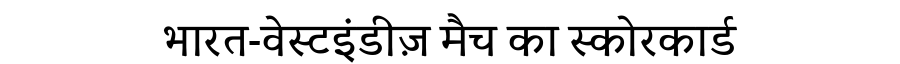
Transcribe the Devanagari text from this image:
भारत-वेस्टइंडीज़ मैच का स्कोरकार्ड